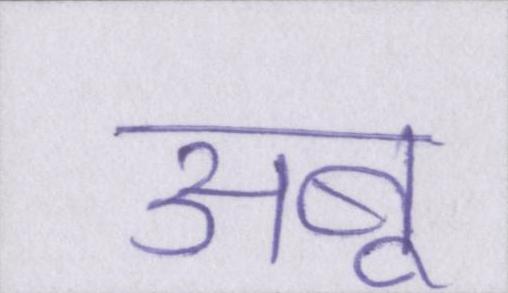
अबू